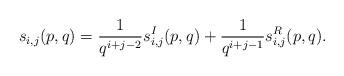
LaTeX: \begin{align*}s_{i,j}(p,q)=\frac{1}{q^{i+j-2}}s_{i,j}^{I}(p,q)+\frac{1}{q^{i+j-1}}s_{i,j}^{R}(p,q).\end{align*}